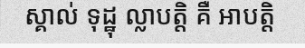
ស្គាល់ ទុដ្ឋុ ល្លាបត្តិ គឺ អាបត្តិ